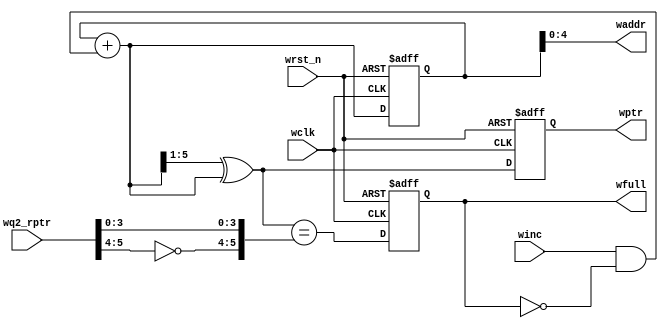
module wptr_full (
    output reg wfull,
    output [ADDRSIZE-1:0] waddr,
    output reg [ADDRSIZE:0] wptr,
    input [ADDRSIZE:0] wq2_rptr,
    input   winc, wclk, wrst_n
);

    parameter ADDRSIZE = 5;

    reg [ADDRSIZE:0] wbin;
    wire [ADDRSIZE:0] wgraynext, wbinnext;

    // GRAYSTYLE2 pointer
    always @(posedge wclk or negedge wrst_n)begin
        if (!wrst_n) 
            {wbin, wptr} <= 0;
        else
            {wbin, wptr} <= {wbinnext, wgraynext};
    end
    

    // Memory write-address pointer (okay to use binary to address memory)
    assign waddr = wbin[ADDRSIZE-1:0];
    assign wbinnext = wbin + (winc & ~wfull);
    assign wgraynext = (wbinnext>>1) ^ wbinnext;

    //------------------------------------------------------------------
    // Simplified version of the three necessary full-tests:
    //assign wfull_val=((wgnext[5]!=wq2_rptr[5] ) &&
    //(wgnext[ADDRSIZE-1] !=wq2_rptr[ADDRSIZE-1]) &&
    //(wgnext[ADDRSIZE-2:0]==wq2_rptr[ADDRSIZE-2:0]));
    //------------------------------------------------------------------
    //
    assign wfull_val = (wgraynext=={~wq2_rptr[ADDRSIZE:ADDRSIZE-1],wq2_rptr[ADDRSIZE-2:0]});

    always @(posedge wclk or negedge wrst_n)begin
        if (!wrst_n) 
            wfull <= 1'b0;
        else
            wfull <= wfull_val;
    end

endmodule